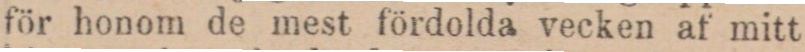
för honom de mest fördolda vecken af mitt